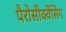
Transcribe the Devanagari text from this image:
पैरोसीक्वेंसिंग